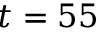
t = 5 5